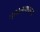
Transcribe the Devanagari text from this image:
माजलगावच्या